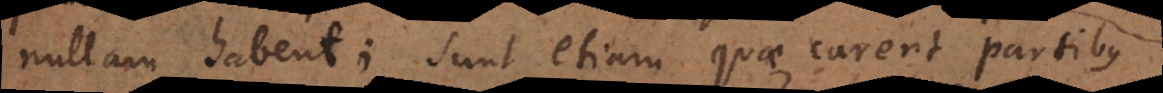
nullam habent; sunt etiam quae carent partibus